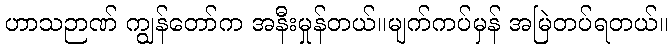
ဟာသဉာဏ် ကျွန်တော်က အနီးမှုန်တယ်။မျက်ကပ်မှန် အမြဲတပ်ရတယ်။